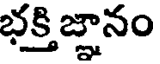
భక్తి జ్ఞానం